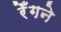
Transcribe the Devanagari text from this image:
रेँगने